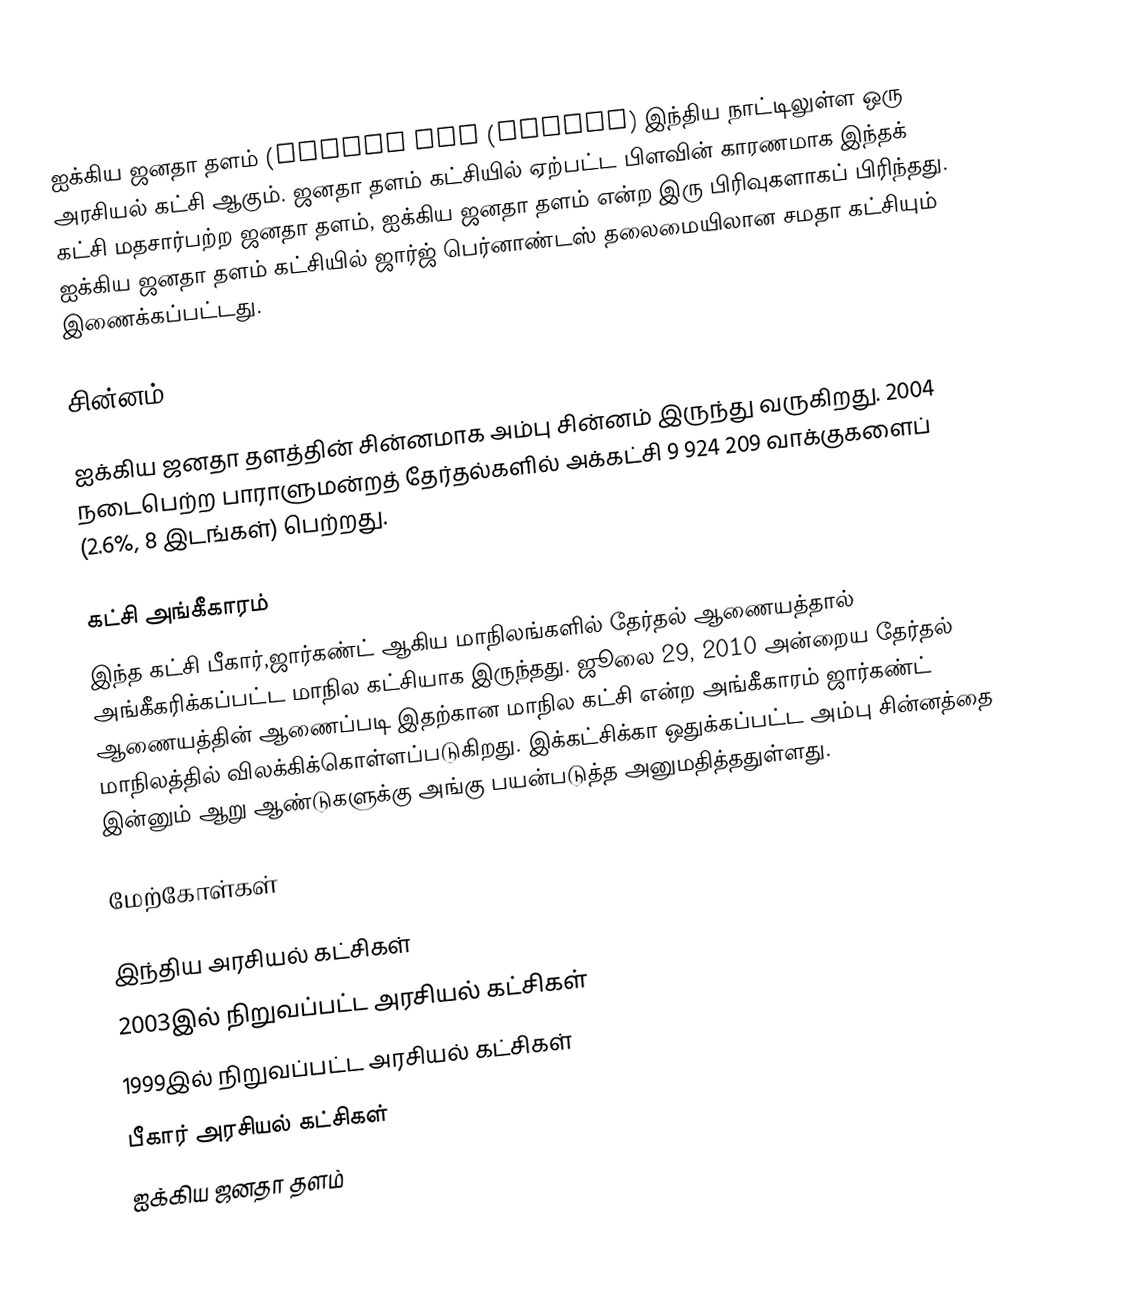
ஐக்கிய ஜனதா தளம் (Janata Dal (United) இந்திய நாட்டிலுள்ள ஒரு அரசியல் கட்சி ஆகும். ஜனதா தளம் கட்சியில் ஏற்பட்ட பிளவின் காரணமாக இந்தக் கட்சி மதசார்பற்ற ஜனதா தளம், ஐக்கிய ஜனதா தளம் என்ற இரு பிரிவுகளாகப் பிரிந்தது. ஐக்கிய ஜனதா தளம் கட்சியில் ஜார்ஜ் பெர்னாண்டஸ் தலைமையிலான சமதா கட்சியும் இணைக்கப்பட்டது.

சின்னம்

ஐக்கிய ஜனதா தளத்தின் சின்னமாக அம்பு சின்னம் இருந்து வருகிறது. 2004 நடைபெற்ற பாராளுமன்றத் தேர்தல்களில் அக்கட்சி 9 924 209 வாக்குகளைப் (2.6%, 8 இடங்கள்) பெற்றது.

கட்சி அங்கீகாரம்
இந்த கட்சி பீகார்,ஜார்கண்ட் ஆகிய மாநிலங்களில் தேர்தல் ஆணையத்தால் அங்கீகரிக்கப்பட்ட மாநில கட்சியாக இருந்தது. ஜூலை 29, 2010 அன்றைய தேர்தல் ஆணையத்தின் ஆணைப்படி இதற்கான மாநில கட்சி என்ற அங்கீகாரம் ஜார்கண்ட் மாநிலத்தில் விலக்கிக்கொள்ளப்படுகிறது. இக்கட்சிக்கா ஒதுக்கப்பட்ட அம்பு சின்னத்தை இன்னும் ஆறு ஆண்டுகளுக்கு அங்கு பயன்படுத்த அனுமதித்ததுள்ளது.

மேற்கோள்கள்

இந்திய அரசியல் கட்சிகள்
2003இல் நிறுவப்பட்ட அரசியல் கட்சிகள்
1999இல் நிறுவப்பட்ட அரசியல் கட்சிகள்
பீகார் அரசியல் கட்சிகள்
ஐக்கிய ஜனதா தளம்